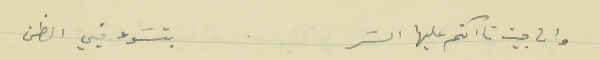
وان جيت تااكتم عليها السَر                                 بتسَوء فيي الظن